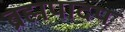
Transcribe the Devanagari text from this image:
ब्रह्मपादप